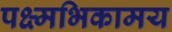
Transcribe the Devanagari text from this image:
पक्ष्मभिकामय